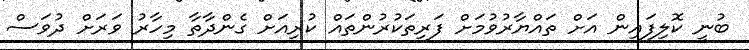
ބުނީ ކޮލިފައިން އަށް ތައްޔާރުވުމަށް ފަރިތަކުރުންތައް ކުރިއަށް ގެންދާތާ މިހާރު ވަރަށް ދުވަސް